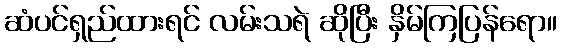
ဆံပင်ရှည်ထားရင် လမ်းသရဲ ဆိုပြီး နှိမ်ကြပြန်ရော။